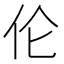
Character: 伦